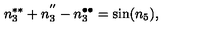
n _ { 3 } ^ { \ast \ast } + n _ { 3 } ^ { ^ { \prime \prime } } - n _ { 3 } ^ { \bullet \bullet } = \sin ( n _ { 5 } ) ,